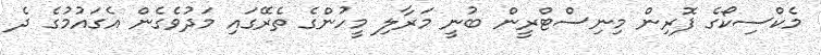
މެކްސިކޯގެ ފޮރިން މިނިސްޓްރީން ބުނީ މަރާލި މީހުންގެ ތެރޭގައި މަދުވެގެން އެގައުމުގެ ދެ